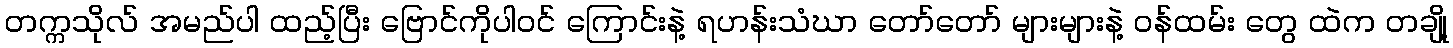
တက္ကသိုလ် အမည်ပါ ထည့်ပြီး ဗြောင်ကိုပါဝင် ကြောင်းနဲ့ ရဟန်းသံဃာ တော်တော် များများနဲ့ ဝန်ထမ်း တွေ ထဲက တချို့